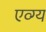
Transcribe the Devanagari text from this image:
एव्ग्य